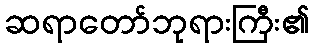
ဆရာတော်ဘုရားကြီး၏